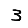
Digit: 3